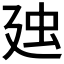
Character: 𧈰